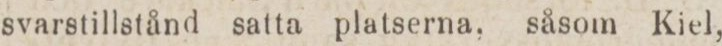
svarstillstånd satta platserna, såsom Kiel,